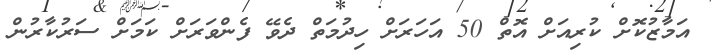
އަމާޒުކޮށް ކުރިއަށް އޮތް 50 އަހަރަށް ހިދުމަތް ދެވޭ ފެންވަރަށް ކަމަށް ސަރުކާރުން